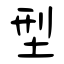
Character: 型